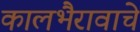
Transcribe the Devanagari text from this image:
कालभैरावाचे